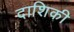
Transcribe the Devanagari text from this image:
दाशिकी